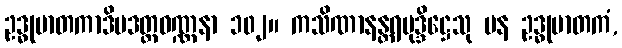
ဥဒ္ဓုမာတကာဒိပဒတ္ထဝဏ္ဏနာ ၁၀၂။ ကသိဏာနန္တရမုဒ္ဒိဋ္ဌေသု ပန ဥဒ္ဓုမာတကံ,